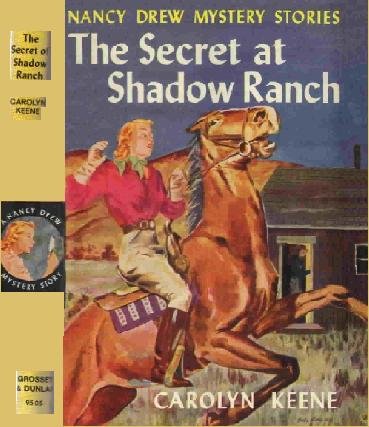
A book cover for The Secret at Shadow Ranch (Nancy Drew Mystery Stories, No. 5); Carolyn Keene; Crafts, Hobbies & Home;